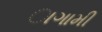
ાગામી